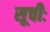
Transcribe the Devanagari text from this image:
सूचीः